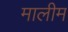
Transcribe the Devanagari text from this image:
मालीम